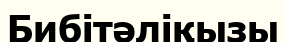
Бибітәліқызы